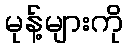
မုန့်များကို